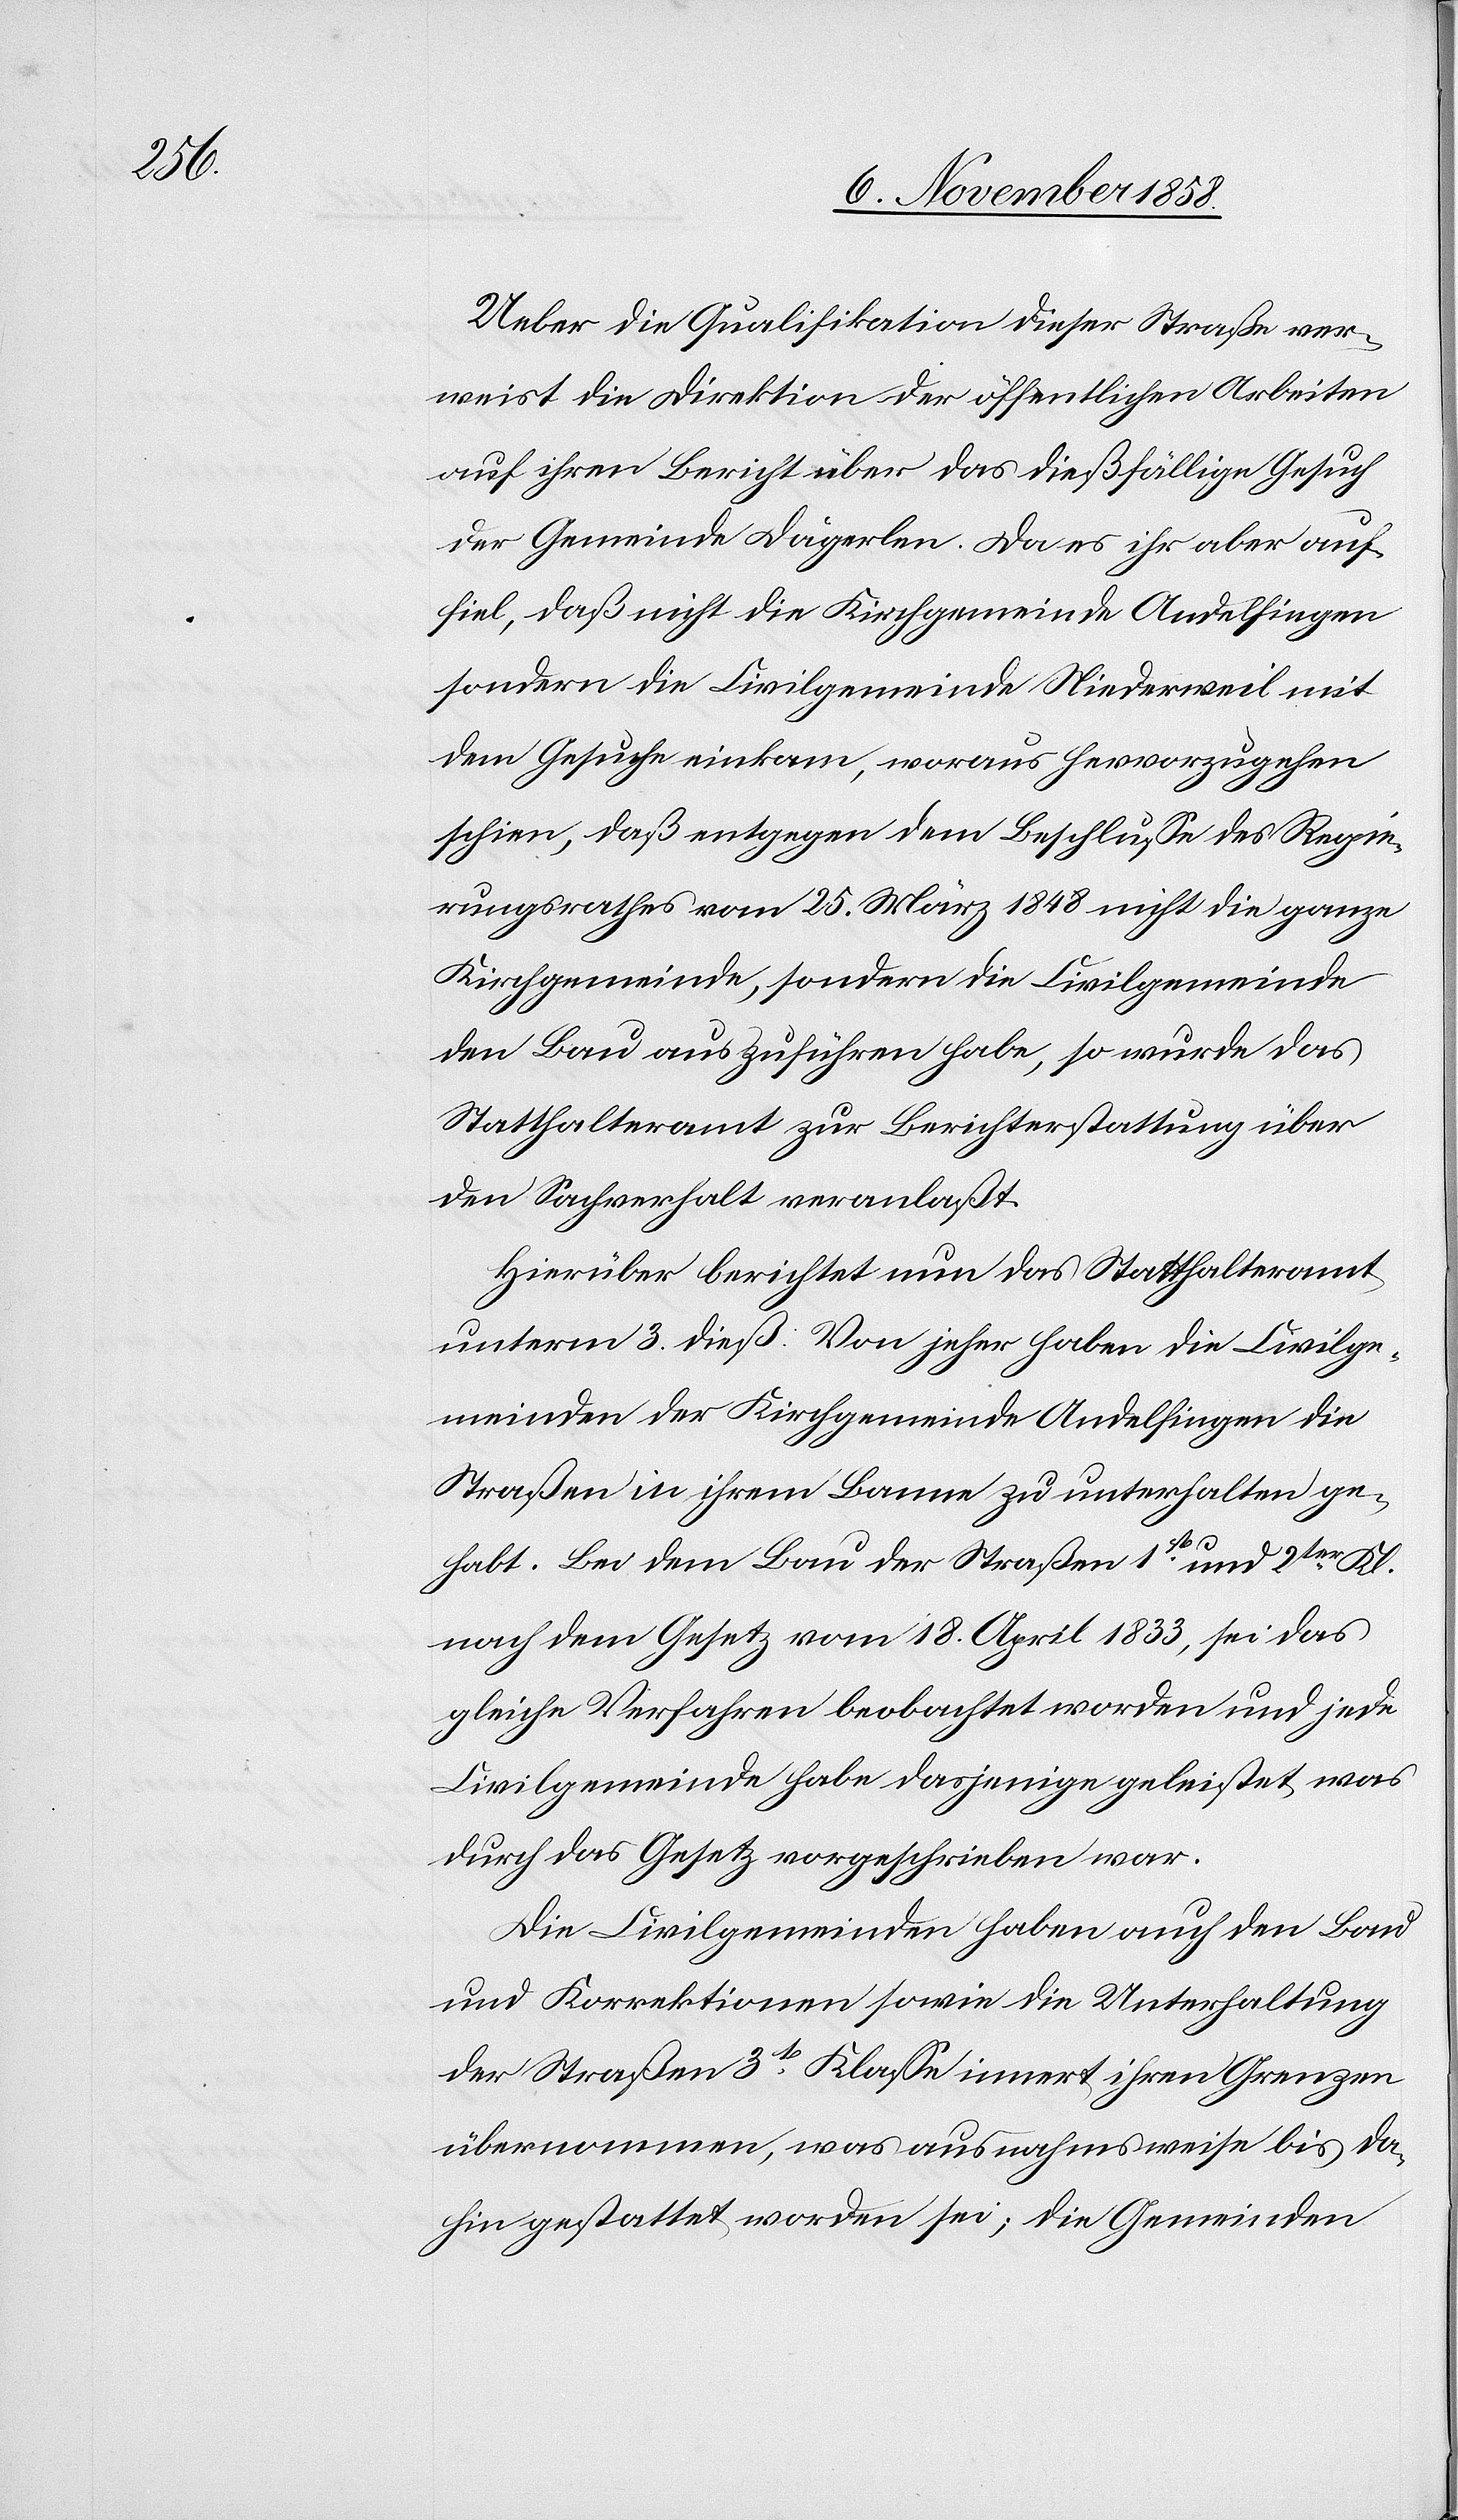
Ueber die Qualifikation dieser Straße ver¬
weist die Direktion der öffentlichen Arbeiten
auf ihren Bericht über das dießfällige Gesuch
der Gemeinde Dägerlen. Da es ihr aber auf¬
fiel, daß nicht die Kirchgemeinde Andelfingen
sondern die Civilgemeinde Niederweil mit
dem Gesuche einkam, woraus hervorzugehen
schien, daß entgegen dem Beschlusse des Regie¬
rungsrathes vom 25. März 1848 nicht die ganze
Kirchgemeinde, sondern die Civilgemeinde
den Bau auszuführen habe, so wurde das
Statthalteramt zur Berichterstattung über
den Sachverhalt veranlaßt.
Hierüber berichtet nun das Statthalteramt
unterm 3. dieß: Von jeher haben die Civilge¬
meinden der Kirchgemeinde Andelfingen die
Straßen in ihrem Banne zu unterhalten ge¬
habt. Bei dem Bau der Straßen 1st und 2ter Kl.
nach dem Gesetz vom 18. April 1833, sei das
gleiche Verfahren beobachtet worden und jede
Civilgemeinde habe dasjenige geleistet, was
durch das Gesetz vorgeschrieben war.
Die Civilgemeinden haben auch den Bau
und Korrektionen sowie die Unterhaltung
der Straßen 3t Klasse innert ihren Grenzen
übernommen, was ausnahmsweise bis da¬
hin gestattet worden sei; die Gemeinden